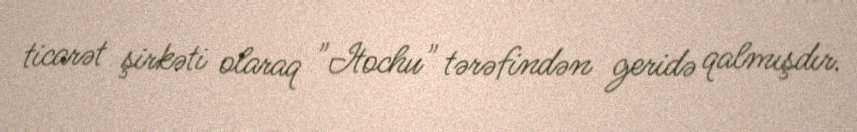
ticarət şirkəti olaraq "Itochu" tərəfindən geridə qalmışdır.